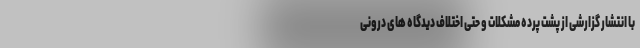
با انتشار گزارشی از پشت پرده مشکلات و حتی اختلاف دیدگاه های درونی